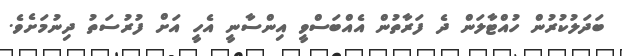
ބަދަލުކުރުން ހުއްޓާލަން ދެ ފަރާތުން އެއްބަސްވީ އިންސާނީ އެހީ އަށް ފުރުސަތު ދިނުމަށެވެ.